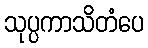
သုပ္ပကာသိတံပေ